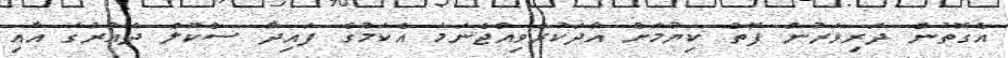
އެގޮތުން ދަރިވަރުން ފޮތް ކިޔުމަށް އާދަކުރެވިއްޖެނަމަ އެކަމުގެ ފައިދާ ސްކޫލް ދައުރުގަ އާއި